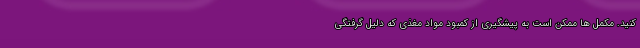
کنید. مکمل ها ممکن است به پیشگیری از کمبود مواد مغذی که دلیل گرفتگی